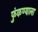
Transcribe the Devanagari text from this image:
फुंकण्याला